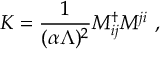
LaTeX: K = { \frac { 1 } { ( \alpha \Lambda ) ^ { 2 } } } M _ { i j } ^ { \dag } M ^ { j i } \ ,